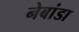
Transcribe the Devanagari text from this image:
नेबांडा